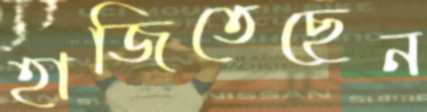
হাজিতেছেন